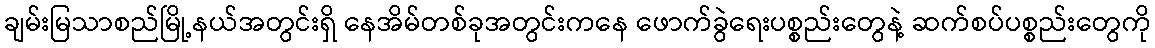
ချမ်းမြသာစည်မြို့နယ်အတွင်းရှိ နေအိမ်တစ်ခုအတွင်းကနေ ဖောက်ခွဲရေးပစ္စည်းတွေနဲ့ ဆက်စပ်ပစ္စည်းတွေကို